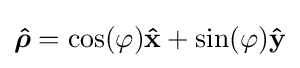
{\boldsymbol {\hat {\rho }}}=\cos(\varphi )\mathbf {\hat {x}} +\sin(\varphi )\mathbf {\hat {y}}